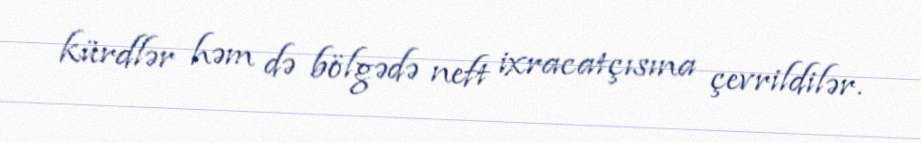
kürdlər həm də bölgədə neft ixracatçısına çevrildilər.